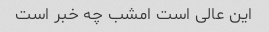
این عالی است امشب چه خبر است